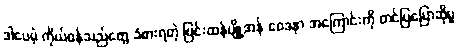
ဒါပေမဲ့ ကိုယ်ဝန်သည်တွေ ခံစားရတဲ့ ပြင်းထန်ပျို့အန် ဝေဒနာ အကြောင်းကို တင်ပြပြောဆိုမှု